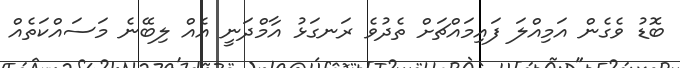
ބޮޑު ވެގެން އަމިއްލަ ފައިމައްޗަށް ތެދުވެ ރަނގަޅު އާމްދަނީ އެއް ލިބޭނެ މަސައްކަތެއް